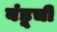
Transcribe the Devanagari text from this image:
बंडूची